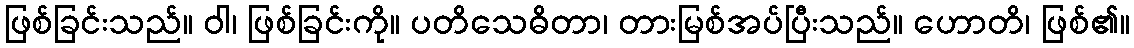
ဖြစ်ခြင်းသည်။ ဝါ၊ ဖြစ်ခြင်းကို။ ပတိသေဓိတာ၊ တားမြစ်အပ်ပြီးသည်။ ဟောတိ၊ ဖြစ်၏။